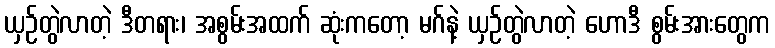
ယှဉ်တွဲလာတဲ့ ဒီတရား၊ အစွမ်းအထက် ဆုံးကတော့ မဂ်နဲ့ ယှဉ်တွဲလာတဲ့ ဟောဒီ စွမ်းအားတွေက